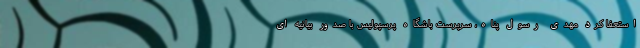
استعفا کرد مهدی رسول پناه، سرپرست باشگاه پرسپولیس با صدور بیانیه ای